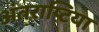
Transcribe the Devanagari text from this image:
अंतराष्टिया